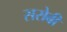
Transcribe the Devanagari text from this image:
सरोबी